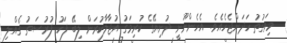
މިވަގުތު ހަދަންޖެހެއެވެ. އެހެންނޫނީ ދުނިޔޭގެ ކުރިމަގު އުޖާލާކުރަން ލިބޭ ފަހު ފުރުސަތު ގެއްލި